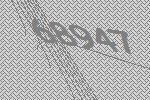
68947